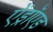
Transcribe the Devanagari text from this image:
ऐंड्रॉएड